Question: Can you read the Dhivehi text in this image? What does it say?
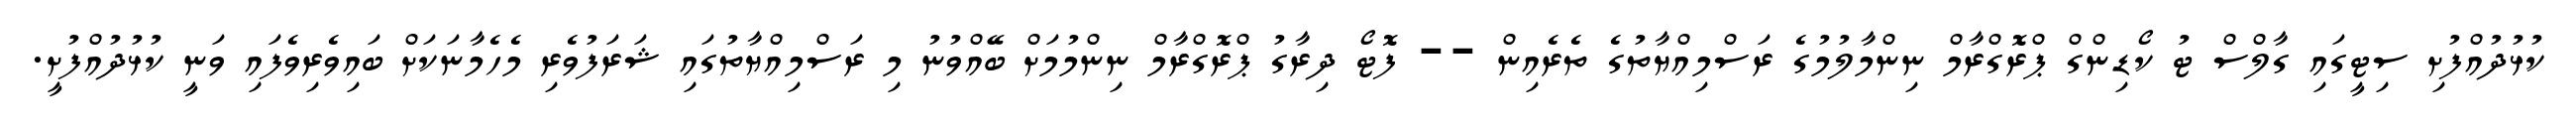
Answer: ކުޅުދުއްފުށި ސިޓީގައި ގާލްސް ޓު ކޯޑިންގް ޕްރޮގްރާމް ނިންމާލުމުގެ ރަސްމިއްޔާތުގެ ތެރެއިން -- ފޮޓޯ ދިރާގު ޕްރޮގްރާމް ނިންމުމަށް ބޭއްވުނު މި ރަސްމިއްޔާތުގައި ޝަރަފުވެރި މެހެމާނަކަށް ބައިވެރިވެފައި ވަނީ ކުޅުދުއްފުށީ.